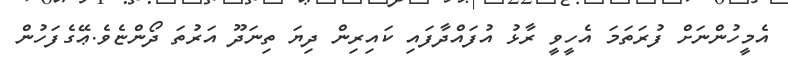
އެމީހުންނަށް ފުރަތަމަ އެހީވީ ރާޅު އުފައްދާފައި ކައިރިން ދިޔަ ތިނަދޫ އަރުތަ ދޯންޏެވެ.ޢޭގެފަހުން